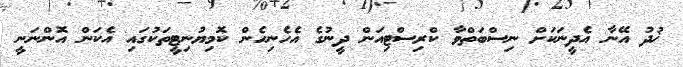
ޚުދު އޭނާ އެދީނަކަށް ނިސްބަތްވާ ކްރިސްޓިއަން ދީނުގެ އެހެނިހެން ކޮމިޔުނިޓީތަކުގައި އެކަން އޮންނަނީ